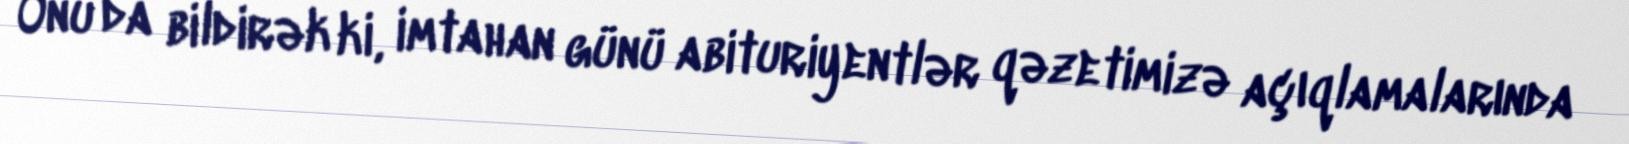
Onu da bildirək ki, imtahan günü abituriyentlər qəzetimizə açıqlamalarında